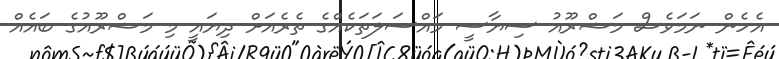
އެހެން ނަމަވެސް މަޝްރޫއު ސިޔާސީ މައްސަލަތަކެއްގެ ތެރެއަށް ދިޔައީ މި މަޝްރޫއުގެ ބައެއް